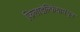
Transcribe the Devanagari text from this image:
फिलाडेल्फियामधून